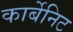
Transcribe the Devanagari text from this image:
कार्बेनिट